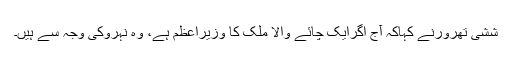
ششی تھرورنے کہاکہ آج اگرایک چائے والا ملک کا وزیراعظم ہے، وہ نہروکی وجہ سے ہیں۔